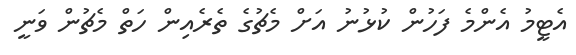
އެޓީމު އެންމެ ފަހުން ކުޅުނު އަށް މެޗުގެ ތެރެއިން ހަތް މެޗުން ވަނީ